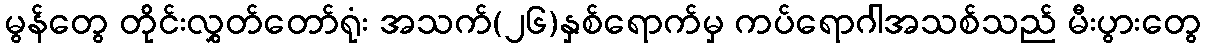
မွန်တွေ တိုင်းလွှတ်တော်ရုံး အသက်(၂၆)နှစ်ရောက်မှ ကပ်ရောဂါအသစ်သည် မီးပွားတွေ